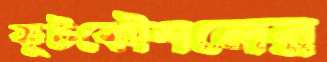
কূটকৌশলের